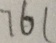
7 6 1